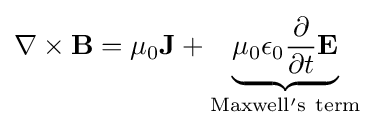
\mathbf {\nabla } \times \mathbf {B} =\mu _{0}\mathbf {J} +\underbrace {\mu _{0}\epsilon _{0}{\frac {\partial }{\partial t}}\mathbf {E} } _{\mathrm {Maxwell's\ term} }